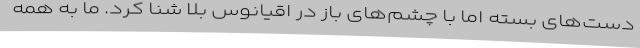
دست‌های بسته اما با چشم‌های باز در اقیانوس بلا شنا کرد. ما به همه